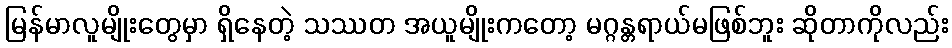
မြန်မာလူမျိုးတွေမှာ ရှိနေတဲ့ သဿတ အယူမျိုးကတော့ မဂ္ဂန္တရာယ်မဖြစ်ဘူး ဆိုတာကိုလည်း